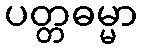
ပတ္တဓမ္မာ